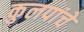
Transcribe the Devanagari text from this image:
कुलपांचे